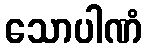
သောပါဏံ